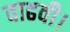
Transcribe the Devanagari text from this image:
वाढवी।